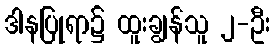
ဒါနပြုရာ၌ ထူးချွန်သူ ၂-ဦး